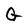
Character: G